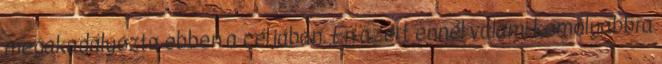
megakadályozta ebben a céljában. Én azért ennél valami komolyabbra